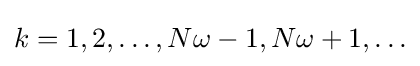
{\textstyle k=1,2,\ldots ,N\omega -1,N\omega +1,\ldots }